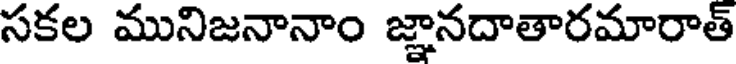
సకల మునిజనానాం జ్ఞానదాతారమారాత్